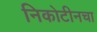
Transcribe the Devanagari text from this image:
निकोटीनचा